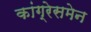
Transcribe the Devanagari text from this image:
कांग्रेसमेन